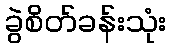
ခွဲစိတ်ခန်းသုံး